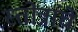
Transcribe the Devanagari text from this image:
स्तोत्रांचे